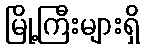
မြို့ကြီးများရှိ